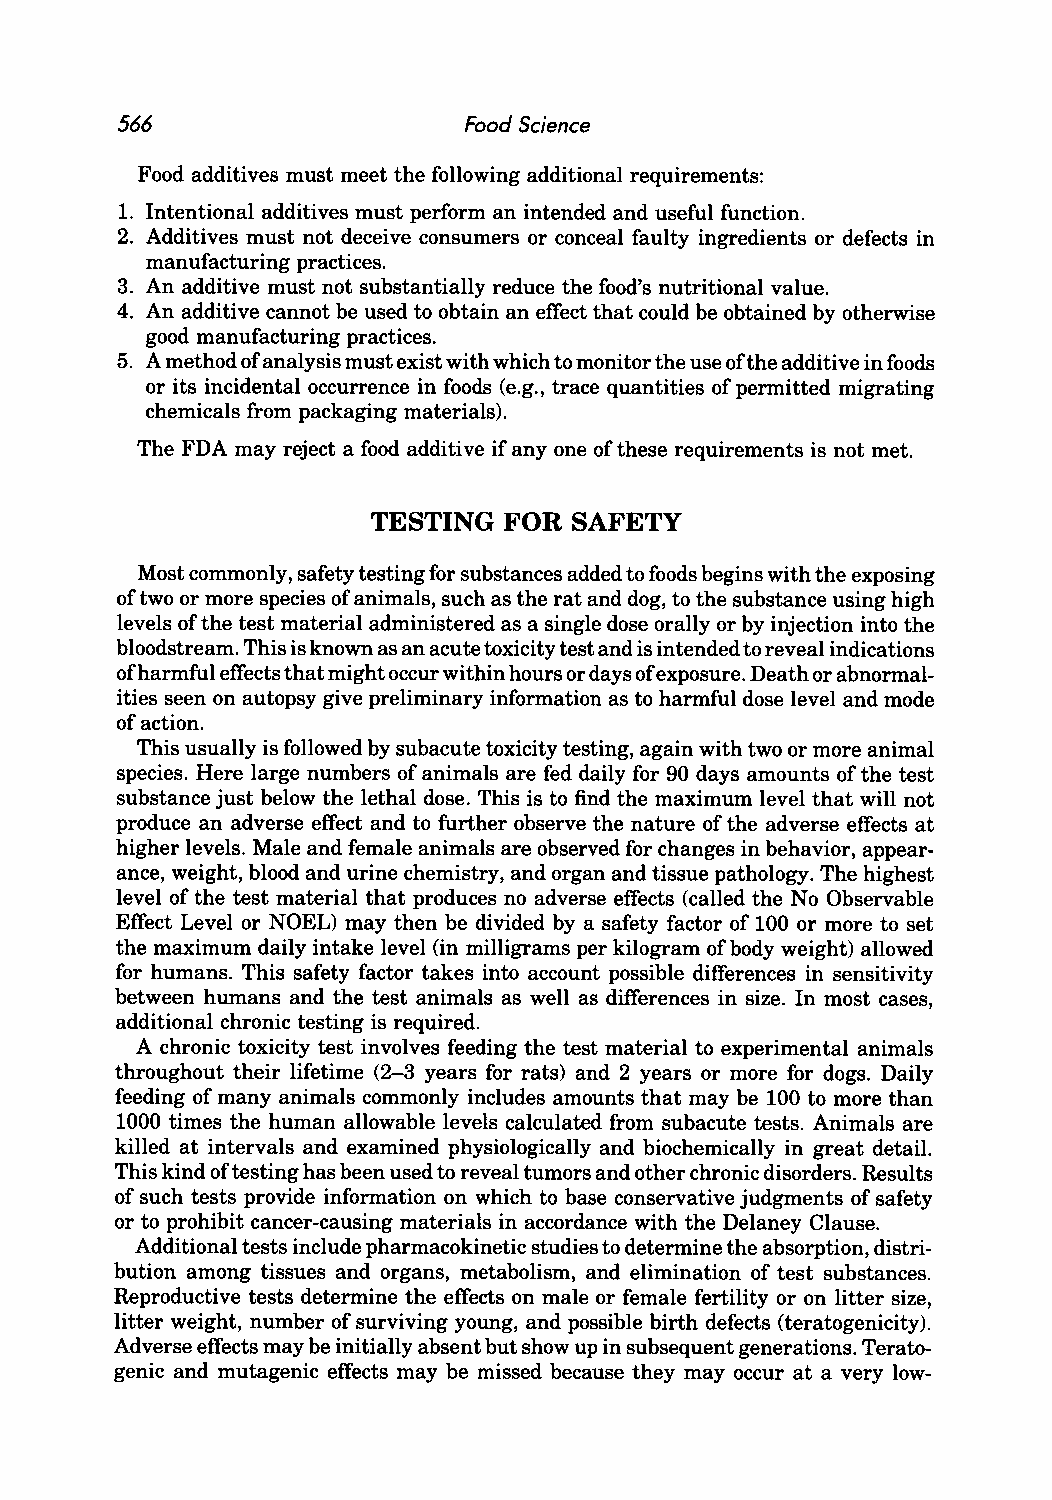
566                    Food Science
 Food additives must meet the following additional requirements:
 1. Intentional additives must perform an intended and useful function.
 2. Additives must not deceive consumers or conceal faulty ingredients or defects in
 manufacturing practices.
 3. An additive must not substantially reduce the food's nutritional value.
 4. An additive cannot be used to obtain an effect that could be obtained by otherwise
 good manufacturing practices.
 5. A method of analysis must exist with which to monitor the use of the additive in foods
 or its incidental occurrence in foods (e.g., trace quantities of permitted migrating
 chemicals from packaging materials).
 The FDA may reject a food additive if anyone of these requirements is not met.
 TESTING  FOR  SAFETY
 Most commonly, safety testing for substances added to foods begins with the exposing
 of two or more species of animals, such as the rat and dog, to the substance using high
 levels of the test material administered as a single dose orally or by injection into the
 bloodstream. This is known as an acute toxicity test and is intended to reveal indications
 ofh armful effects that might occur within hours or days of exposure. Death or abnormal
 ities seen on autopsy give preliminary information as to harmful dose level and mode
 of action.
 This usually is followed by subacute toxicity testing, again with two or more animal
 species. Here large numbers of animals are fed daily for 90 days amounts of the test
 substance just below the lethal dose. This is to find the maximum level that will not
 produce an adverse effect and to further observe the nature of the adverse effects at
 higher levels. Male and female animals are observed for changes in behavior, appear
 ance, weight, blood and urine chemistry, and organ and tissue pathology. The highest
 level of the test material that produces no adverse effects (called the No Observable
 Effect Level or NOEL) may then be divided by a safety factor of 100 or more to set
 the maximum daily intake level (in milligrams per kilogram of body weight) allowed
 for humans. This safety factor takes into account possible differences in sensitivity
 between humans and the test animals as well as differences in size. In most cases,
 additional chronic testing is required.
 A chronic toxicity test involves feeding the test material to experimental animals
 throughout their lifetime (2-3 years for rats) and 2 years or more for dogs. Daily
 feeding of many animals commonly includes amounts that may be 100 to more than
 1000 times the human allowable levels calculated from subacute tests. Animals are
 killed at intervals and examined physiologically and biochemically in great detail.
 This kind of testing has been used to reveal tumors and other chronic disorders. Results
 of such tests provide information on which to base conservative judgments of safety
 or to prohibit cancer-causing materials in accordance with the Delaney Clause.
 Additional tests include pharmacokinetic studies to determine the absorption, distri
 bution among tissues and organs, metabolism, and elimination of test substances.
 Reproductive tests determine the effects on male or female fertility or on litter size,
 litter weight, number of surviving young, and possible birth defects (teratogenicity).
 Adverse effects may be initially absent but show up in subsequent generations. Terato
 genic and mutagenic effects may be missed because they may occur at a very low-